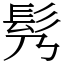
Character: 䯮